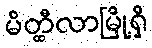
မိတ္ထီလာမြို့ရှိ